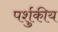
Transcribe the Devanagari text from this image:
पर्शुकीय